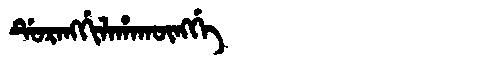
Manchu: ᡩᡠᡵᠠᠩᡤᡳᠯᠠᡥᠠᡴᡡᠩᡤᡝ
Romanization: DURANGGILAHAKŪNGGE